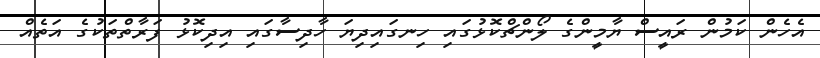
އެހެން ކަމުން ރައީސް ޔާމީންގެ ލޯންޗްކޮޅުގައި ހިނގައިދިޔަ ހާދިސާގައި އިދިކޮޅު ފަރާތްތަކުގެ އަތެއް